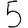
Digit: 5